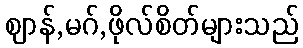
ဈာန်,မဂ်,ဖိုလ်စိတ်များသည်